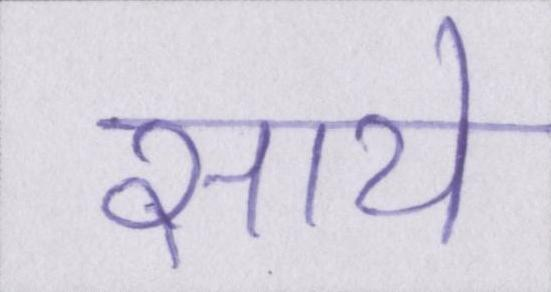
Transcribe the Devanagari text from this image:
साये